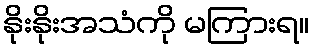
နိုးနိုးအသံကို မကြားရ။